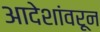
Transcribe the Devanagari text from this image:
आदेशांवरून